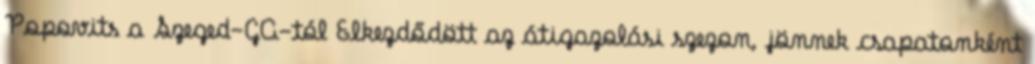
Popovits a Szeged-GA-tól Elkezdődött az átigazolási szezon, jönnek csapatonként